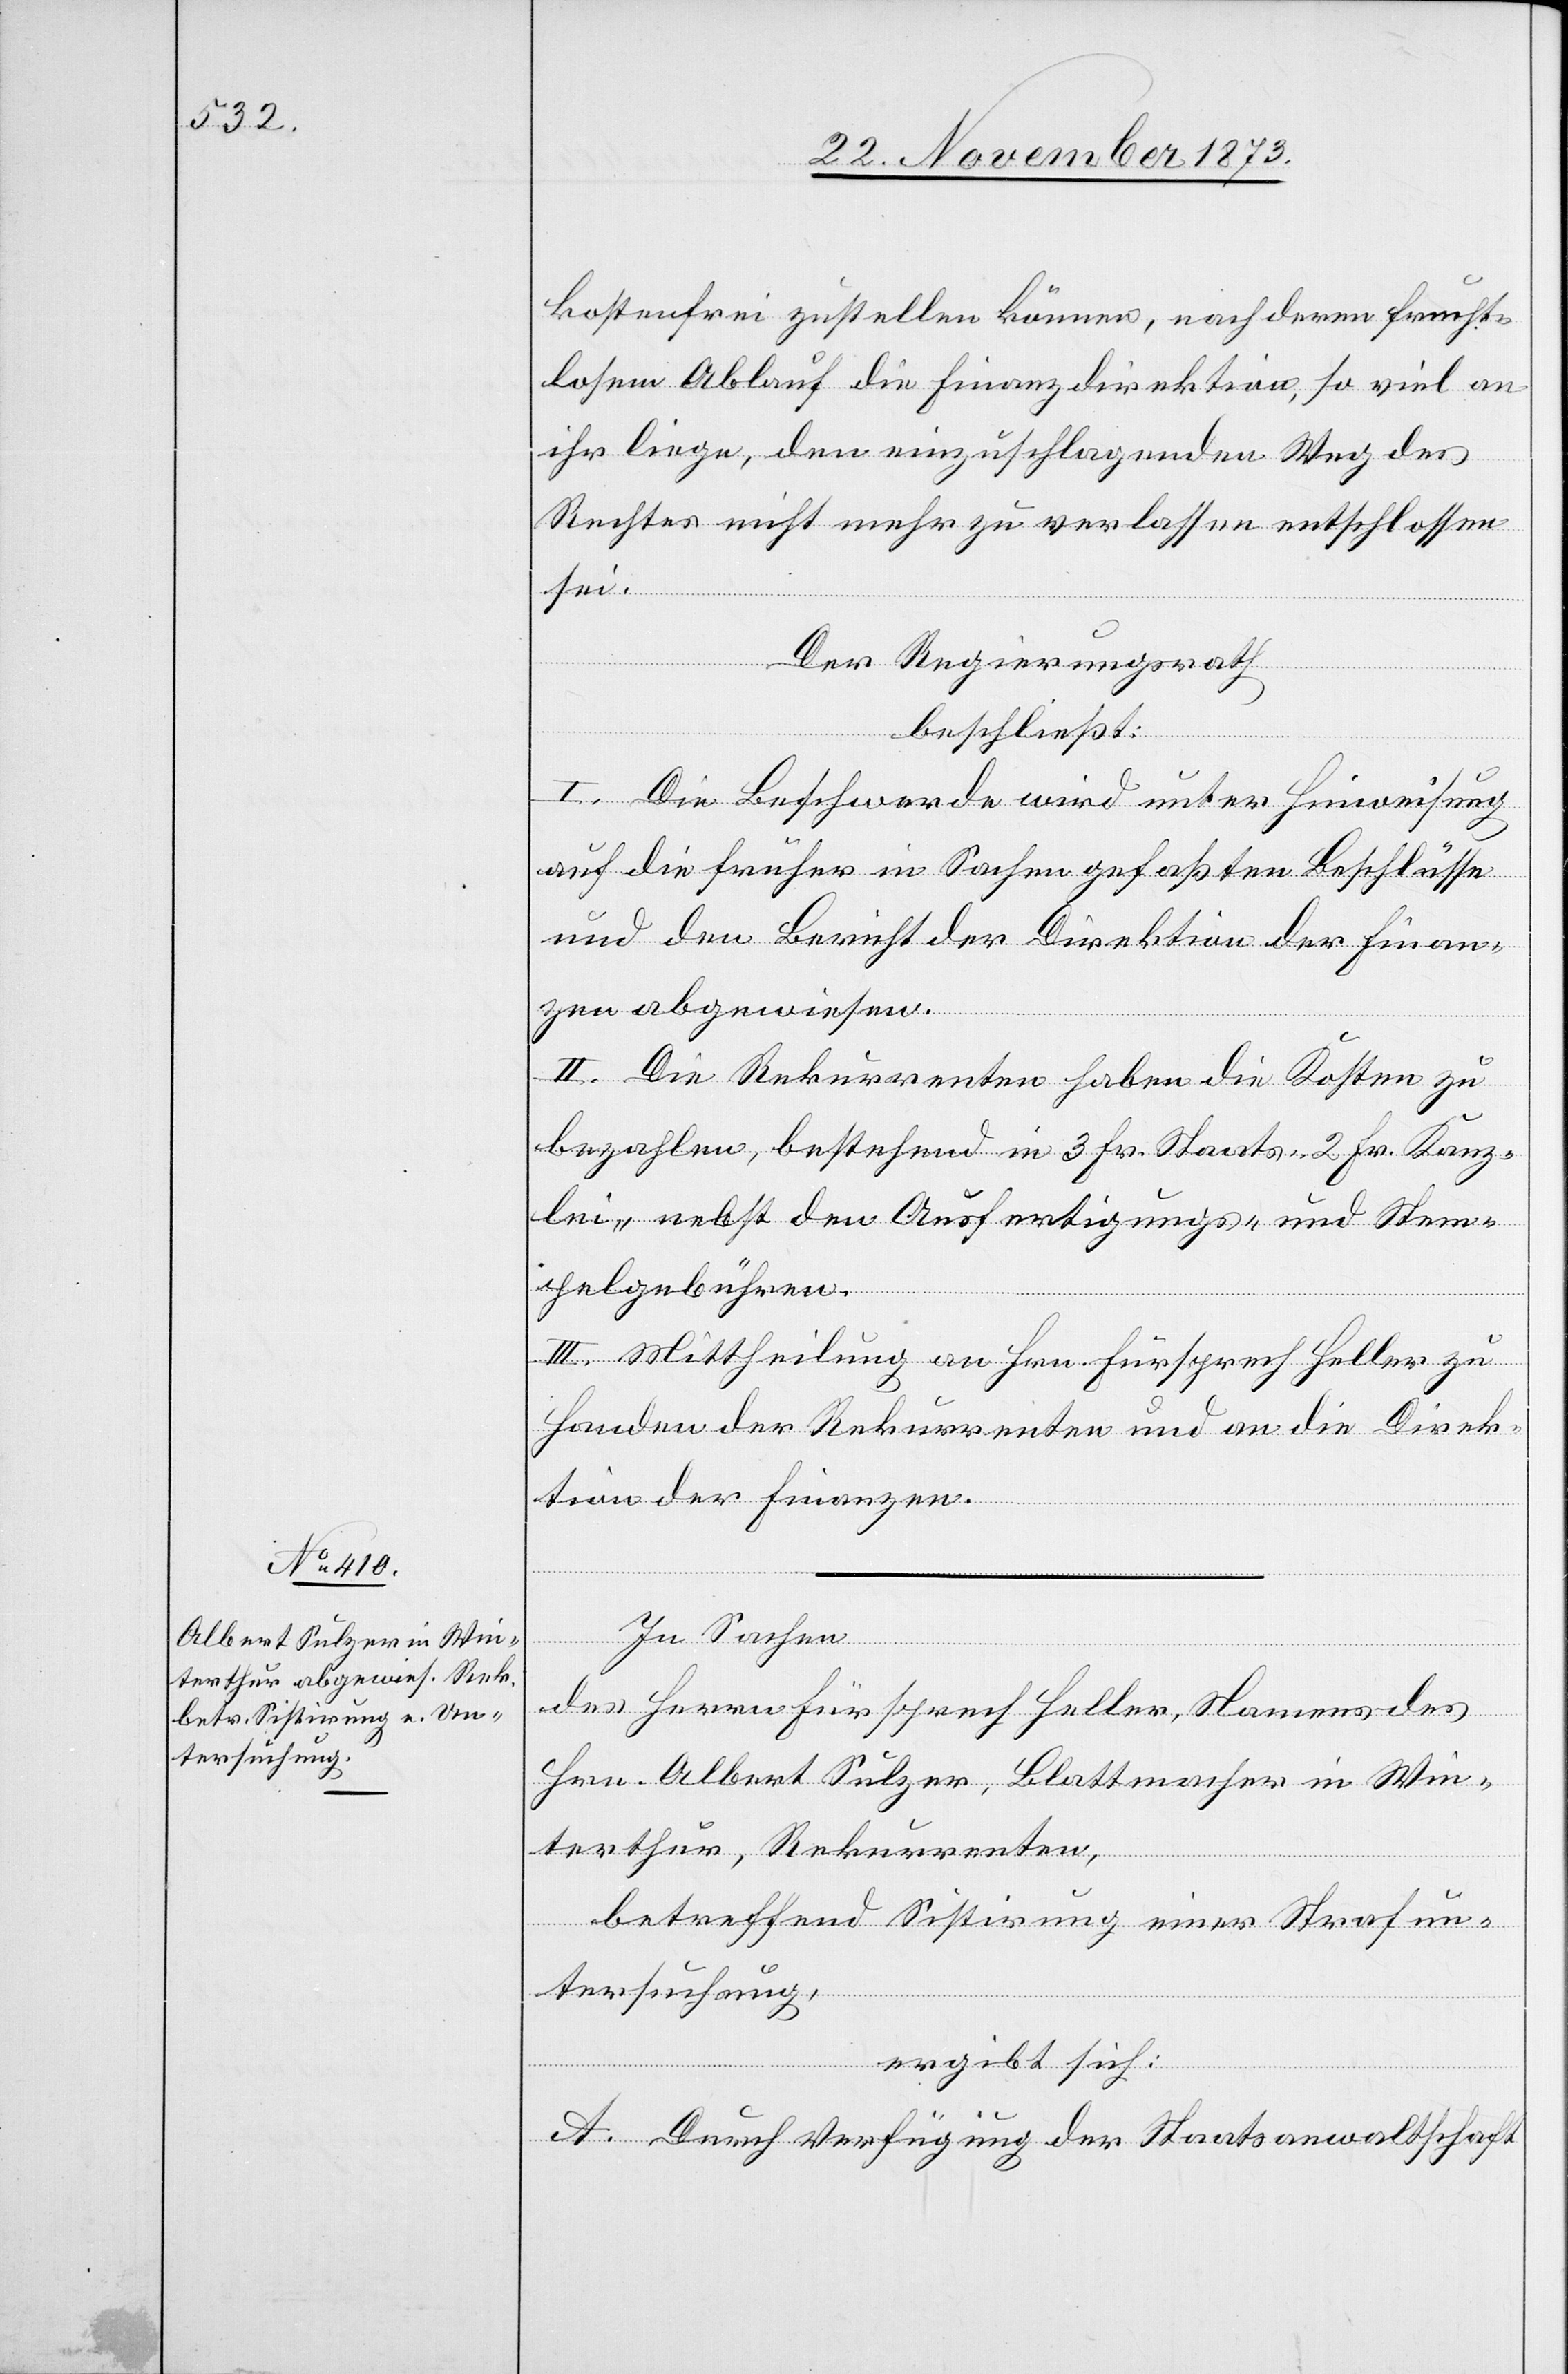
kostenfrei zustellen können, nach deren frucht¬
losem Ablauf die Finanzdirektion, so viel an
ihr liege, den einzuschlagenden Weg des
Rechtes nicht mehr zu verlassen entschlossen
sei.
Der Regierungsrath
beschließt:
I. Die Beschwerde wird unter Hinweisung
auf die früher in Sachen gefaßten Beschlüsse
und den Bericht der Direktion der Finan¬
zen abgewiesen.
II. Die Rekurrenten haben die Kosten zu
bezahlen, bestehend in 3 Fr. Staats- 2 Fr. Kanz¬
lei- nebst den Ausfertigungs- und Stem¬
pelgebühren.
III. Mittheilung an Hrn. Fürsprech Heller zu
Handen der Rekurrenten und an die Direk¬
tion der Finanzen.
In Sachen
des Herrn Fürsprech Heller, Namens des
Hrn. Albert Sulzer, Blattmacher in Win¬
terthur, Rekurrenten,
betreffend Sistirung einer Strafun¬
tersuchung,
ergibt sich:
A. Durch Verfügung der Staatsanwaltschaft